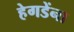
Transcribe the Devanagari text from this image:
हेगडेंना